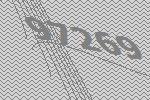
97269